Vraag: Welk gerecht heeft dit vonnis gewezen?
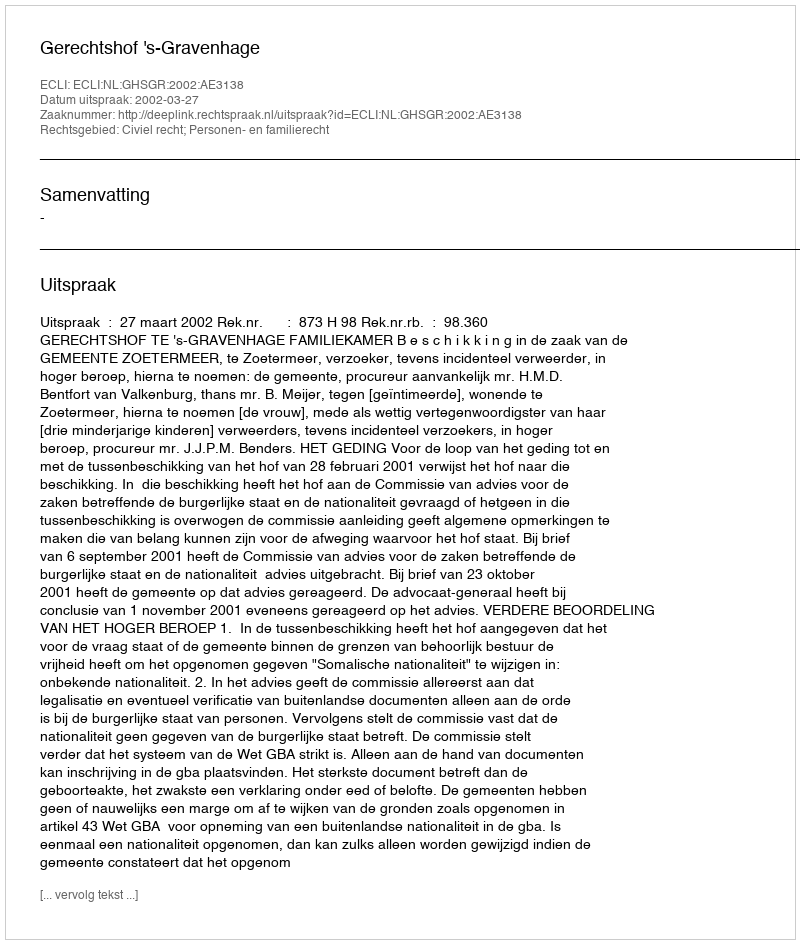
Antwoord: Gerechtshof 's-Gravenhage